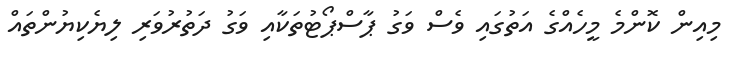
މިއިން ކޮންމެ މީހެއްގެ އަތުގައި ވެސް ވަގު ޕާސްޕޯޓުތަކާއި ވަގު ދަތުރުވަރި ލިޔެކިޔުންތައް